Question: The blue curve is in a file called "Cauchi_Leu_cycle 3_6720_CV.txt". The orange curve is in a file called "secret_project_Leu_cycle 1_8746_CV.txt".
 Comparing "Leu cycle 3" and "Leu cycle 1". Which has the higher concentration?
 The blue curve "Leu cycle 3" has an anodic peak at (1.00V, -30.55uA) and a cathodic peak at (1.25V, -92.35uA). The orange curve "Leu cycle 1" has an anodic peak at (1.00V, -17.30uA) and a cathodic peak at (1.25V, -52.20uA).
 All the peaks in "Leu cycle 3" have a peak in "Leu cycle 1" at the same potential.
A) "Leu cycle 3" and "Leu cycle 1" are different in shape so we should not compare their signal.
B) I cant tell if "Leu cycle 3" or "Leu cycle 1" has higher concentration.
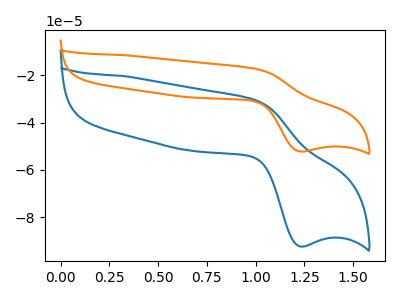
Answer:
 <answer>B) I cant tell if "Leu cycle 3" or "Leu cycle 1" has higher concentration.</answer>
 <eval>B</eval>